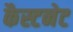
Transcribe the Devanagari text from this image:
कैस्टनेट